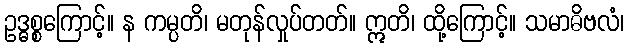
ဥဒ္ဓစ္စကြောင့်။ န ကမ္ပတိ၊ မတုန်လှုပ်တတ်။ ဣတိ၊ ထို့ကြောင့်။ သမာဓိဗလံ၊